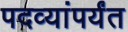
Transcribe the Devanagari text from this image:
पदव्यांपर्यंत